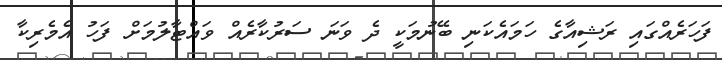
ފަހަރެއްގައި ރަޝިއާގެ ހަމައެކަނި ބޭނުމަކީ ދެ ވަނަ ސަރުކާރެއް ވައްޓާލުމަށް ފަހު އެމެރިކާ